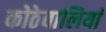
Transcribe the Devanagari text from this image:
कोठेवालियां